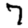
Digit: 7